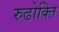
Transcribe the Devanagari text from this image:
रुढोक्ति